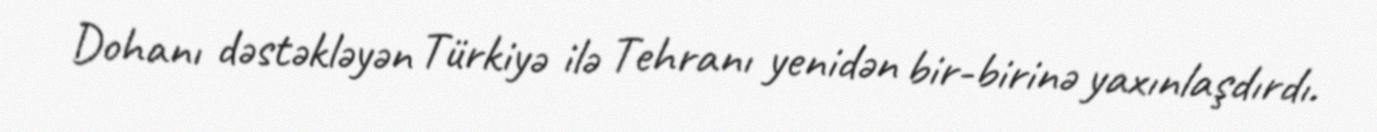
Dohanı dəstəkləyən Türkiyə ilə Tehranı yenidən bir-birinə yaxınlaşdırdı.